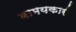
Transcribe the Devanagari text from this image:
बामयकारी